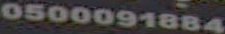
0500091884